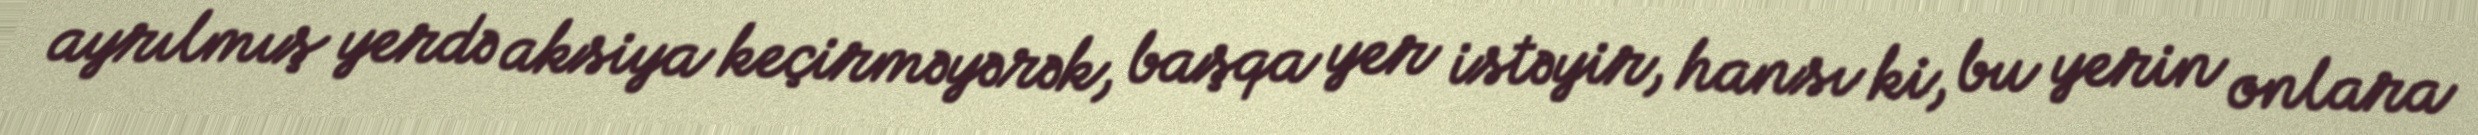
ayrılmış yerdə aksiya keçirməyərək, başqa yer istəyir, hansı ki, bu yerin onlara